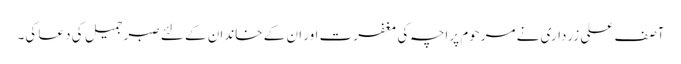
آصف علی زرداری نے مرحوم پراچہ کی مغفرت اور ان کے خاندان کے لئے صبر جمیل کی دعا کی۔